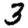
Digit: 3